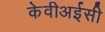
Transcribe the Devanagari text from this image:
केवीअईसी